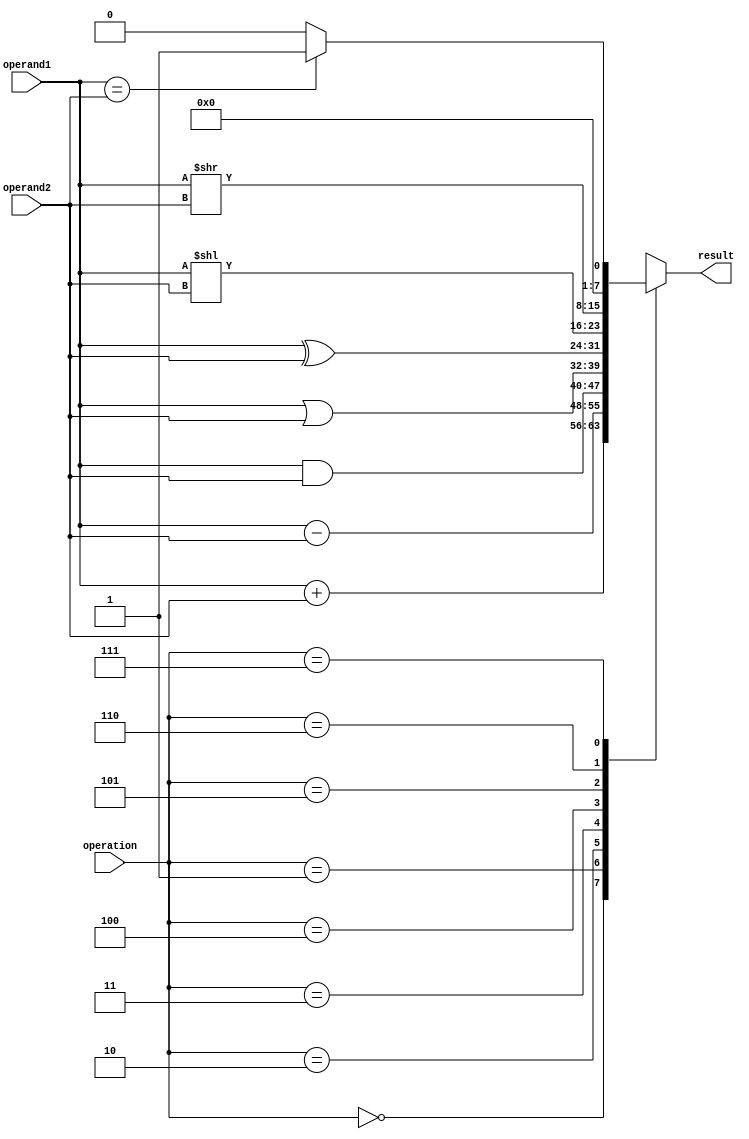
module ALU (
    input [7:0] operand1,
    input [7:0] operand2,
    input [2:0] operation,
    output reg [7:0] result
);

always @(operand1, operand2, operation) begin
    case(operation)
        3'b000: result <= operand1 + operand2; // addition
        3'b001: result <= operand1 - operand2; // subtraction
        3'b010: result <= operand1 & operand2; // AND
        3'b011: result <= operand1 | operand2; // OR
        3'b100: result <= operand1 ^ operand2; // XOR
        3'b101: result <= operand1 << operand2; // left shift
        3'b110: result <= operand1 >> operand2; // right shift
        3'b111: result <= (operand1 == operand2) ? 1 : 0; // comparison
        default: result <= 8'h00;
    endcase
end

endmodule